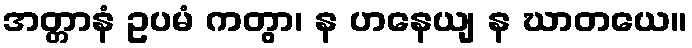
အတ္တာနံ ဥပမံ ကတွာ၊ န ဟနေယျ န ဃာတယေ။